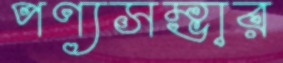
পণ্যসম্ভার